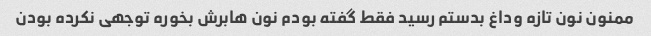
ممنون نون تازه وداغ بدستم رسید فقط گفته بودم نون هابرش بخوره توجهی نکرده بودن